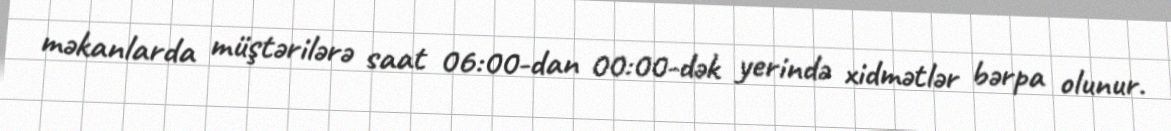
məkanlarda müştərilərə saat 06:00-dan 00:00-dək yerində xidmətlər bərpa olunur.